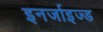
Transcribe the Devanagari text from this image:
इनर्जाइज्ड